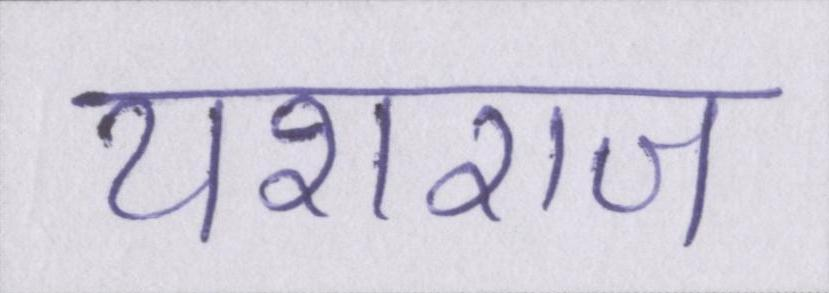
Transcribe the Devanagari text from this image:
यशराज